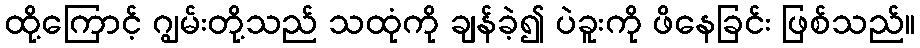
ထို့ကြောင့် ဂျွမ်းတို့သည် သထုံကို ချန်ခဲ့၍ ပဲခူးကို ဖိနေခြင်း ဖြစ်သည်။